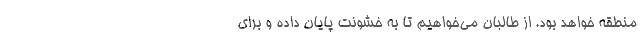
منطقه خواهد بود. از طالبان می‌خواهیم تا به خشونت پایان داده و برای